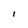
Character: I